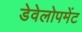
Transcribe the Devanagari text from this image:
डेवेलोपमेंट